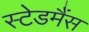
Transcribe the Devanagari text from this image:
स्टेडमैंस